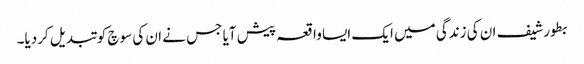
بطور شیف ان کی زندگی میں ایک ایسا واقعہ پیش آیا جس نے ان کی سوچ کو تبدیل کردیا۔